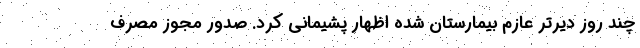
چند روز دیرتر عازم بیمارستان شده اظهار پشیمانی کرد. صدور مجوز مصرف